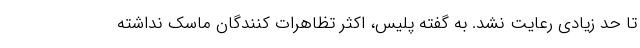
تا حد زیادی رعایت نشد. به گفته پلیس، اکثر تظاهرات کنندگان ماسک نداشته